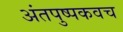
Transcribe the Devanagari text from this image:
अंतपुष्पकवच